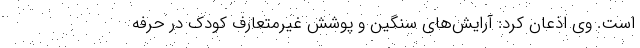
است. وی اذعان کرد: آرایش‌های سنگین و پوشش غیرمتعارف کودک در حرفه